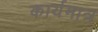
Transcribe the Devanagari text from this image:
कार्यमात्र